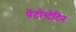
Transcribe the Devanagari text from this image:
पेंटोस्टेटिन